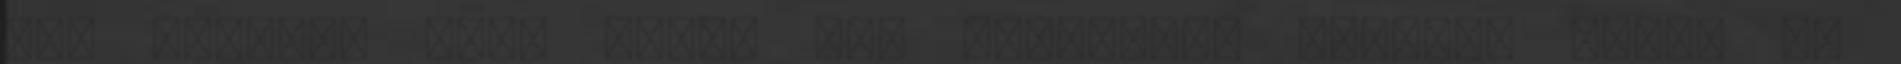
mit számít, hogy mások mit mondanak? Semmit. Ezért is